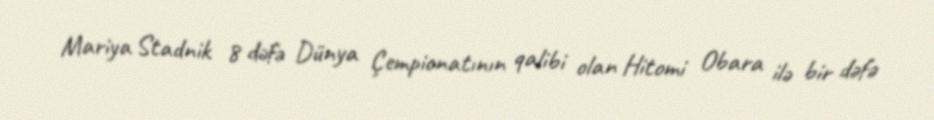
Mariya Stadnik 8 dəfə Dünya Çempionatının qalibi olan Hitomi Obara ilə bir dəfə